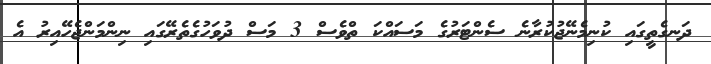
ދަނގެތީގައި ކުނިމެނޭޖުކުރާނެ ސެންޓަރުގެ މަސައްކަ ތްވެސް 3 މަސް ދުވަހުގެތެރޭގައި ނިންމަންޖެހޭއިރު އެ